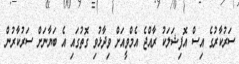
ސަރުކާރުގެ އިސް އޮފިޝަލަކު ރާއްޖެ އެމްވީއަށް ވިދާޅުވި ގޮތުގައި އެ ބަޔާނަށް ސަރުކާރުން